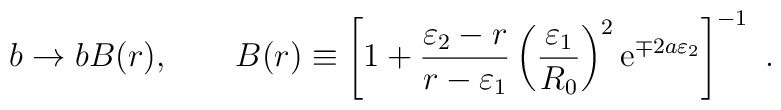
b \rightarrow b B(r), \qquad B(r)\equiv \left[1+{\varepsilon_2-r \over r-\varepsilon_1}\left({\varepsilon_1 \over R_0}\right)^2 {\rm e}^{\mp 2a \varepsilon_2}\right]^{-1} ~.